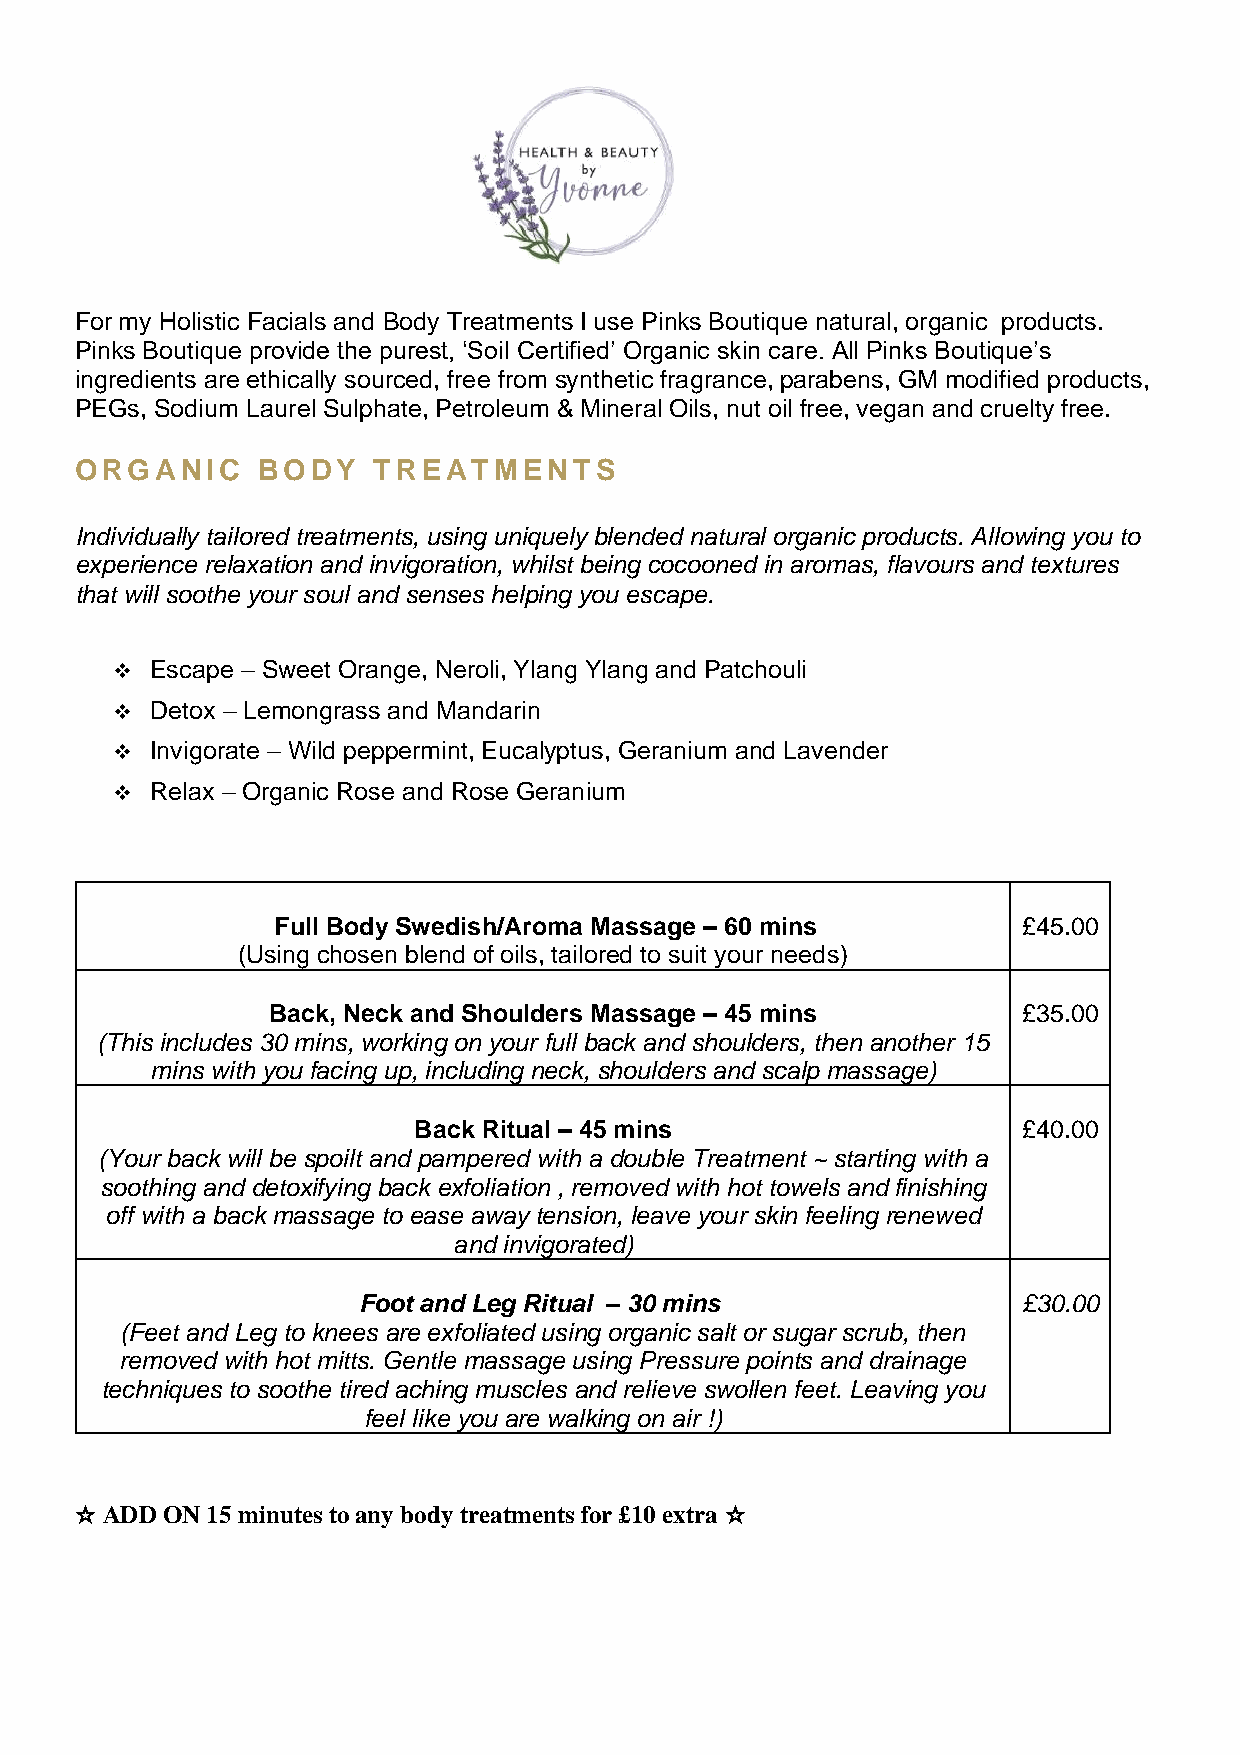
For my Holistic Facials and Body Treatments I use Pinks Boutique natural, organic products.
 Pinks Boutique provide the purest, ‘Soil Certified’ Organic skin care. All Pinks Boutique’s
 ingredients are ethically sourced, free from synthetic fragrance, parabens, GM modified products,
 PEGs, Sodium Laurel Sulphate, Petroleum & Mineral Oils, nut oil free, vegan and cruelty free.
 ORGANIC     BODY    TREATMENTS
 Individually tailored treatments, using uniquely blended natural organic products. Allowing you to
 experience relaxation and invigoration, whilst being cocooned in aromas, flavours and textures
 that will soothe your soul and senses helping you escape.
 ❖  Escape – Sweet Orange, Neroli, Ylang Ylang and Patchouli
 ❖  Detox – Lemongrass and Mandarin
 ❖  Invigorate – Wild peppermint, Eucalyptus, Geranium and Lavender
 ❖  Relax – Organic Rose and Rose Geranium
 Full Body Swedish/Aroma Massage – 60 mins         £45.00
 (Using chosen blend of oils, tailored to suit your needs)
 Back, Neck and Shoulders Massage – 45 mins        £35.00
 (This includes 30 mins, working on your full back and shoulders, then another 15
 mins with you facing up, including n eck, shoulders and scalp massage)
 Back Ritual – 45 mins                    £40.00
 (Your back will be spoilt and pampered with a double Treatment ~ starting with a
 soothing and detoxifying back exfoliation , removed with hot towels and finishing
 off with a back massage to ease away tension, leave your skin feeling renewed
 and invig orated)
 Foot and Leg Ritual – 30 mins               £30.00
 (Feet and Leg to knees are exfoliated using organic salt or sugar scrub, then
 removed with hot mitts. Gentle massage using Pressure points and drainage
 techniques to soothe tired aching muscles and relieve swollen feet. Leaving you
 feel like you are walking on air !)
 ☆ ADD ON 15 minutes to any body treatments for £10 extra ☆